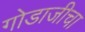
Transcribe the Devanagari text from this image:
गोडाजीचा